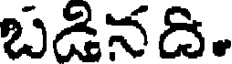
బడినది.